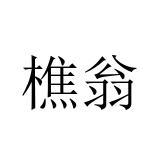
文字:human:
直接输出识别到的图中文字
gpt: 樵翁